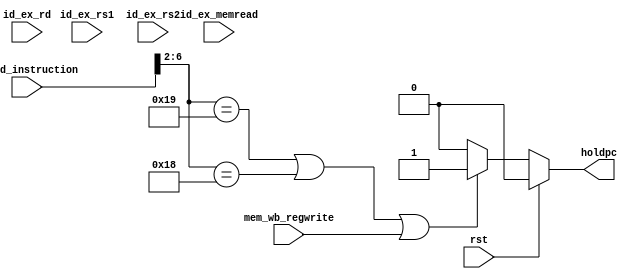
`timescale 1ns / 1ps
//////////////////////////////////////////////////////////////////////////////////
// Company: 
// Engineer: 
// 
// Design Name: 
// Module Name: hazarddetection
// Project Name: 
// Target Devices: 
// Tool Versions: 
// Description: 
// 
// Dependencies: 
// 
// Revision:
// Revision 0.01 - File Created
// Additional Comments:
// 
//////////////////////////////////////////////////////////////////////////////////


module hazard_detection(
    input [31:0] if_id_instruction,
    input rst,

    input id_ex_memread,
    input mem_wb_regwrite,

    input [4:0]id_ex_rs1,
    input [4:0]id_ex_rs2,
    input [4:0]id_ex_rd,
    
    output reg holdpc    
);
assign if_id_rs1 = if_id_instruction[19:15];
assign if_id_rs2 = if_id_instruction[24:20];
assign if_id_rd = if_id_instruction[11:7];

localparam jalr = 5'b11001;
localparam jal = 5'b11011;
localparam branch = 5'b11000;

assign jump_condition = (if_id_instruction[6:2] == jalr) || (if_id_instruction[6:2] == jalr) || (if_id_instruction[6:2] == branch);

initial begin
    holdpc = 0;
end

always @(*) begin
    if(!rst) begin
        if(jump_condition || mem_wb_regwrite) begin
            holdpc = 1;
        end
        else begin
            holdpc = 0;
        end
    end
    else begin
        holdpc = 0;
    end
end

endmodule